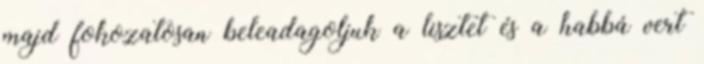
majd fokozatosan beleadagoljuk a lisztet és a habbá vert